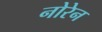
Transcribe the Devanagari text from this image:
नोरेन